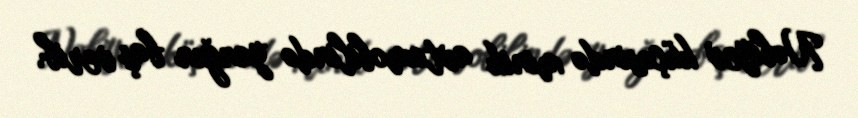
Nəbiyev küçəsində minik avtomobilində yanğın baş verib.